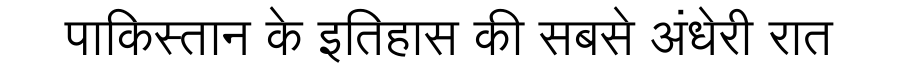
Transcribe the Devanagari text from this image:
पाकिस्तान के इतिहास की सबसे अंधेरी रात